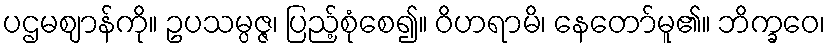
ပဌမဈာန်ကို။ ဥပသမ္ပဇ္ဇ၊ ပြည့်စုံစေ၍။ ဝိဟရာမိ၊ နေတော်မူ၏။ ဘိက္ခဝေ၊